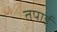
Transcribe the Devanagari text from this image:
तपाई